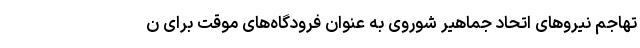
تهاجم نیروهای اتحاد جماهیر شوروی به عنوان فرودگاه‌های موقت برای ن